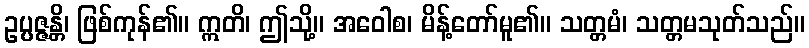
ဥပ္ပဇ္ဇန္တိ၊ ဖြစ်ကုန်၏။ ဣတိ၊ ဤသို့။ အဝေါစ၊ မိန့်တော်မူ၏။ သတ္တမံ၊ သတ္တမသုတ်သည်။